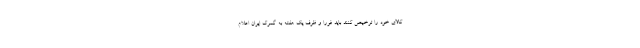
کالای خود را ترخیص کنند باید فورا و ظرف یک هفته به گمرک ایران اعلام